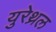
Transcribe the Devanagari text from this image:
युरेथ्रल